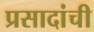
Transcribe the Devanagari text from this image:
प्रसादांची